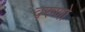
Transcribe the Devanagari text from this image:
वरुणो